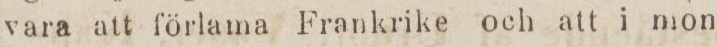
vara att förlama Frankrike och att i mon